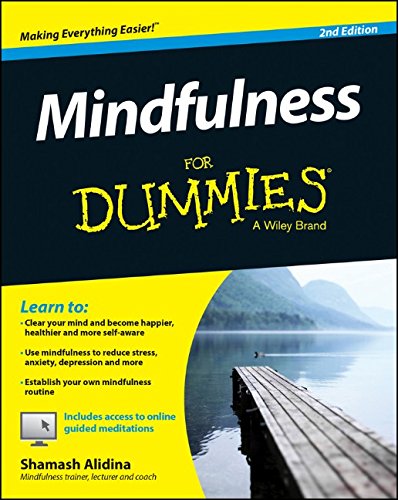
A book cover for Mindfulness For Dummies; Shamash Alidina; Religion & Spirituality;